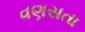
વણસતા